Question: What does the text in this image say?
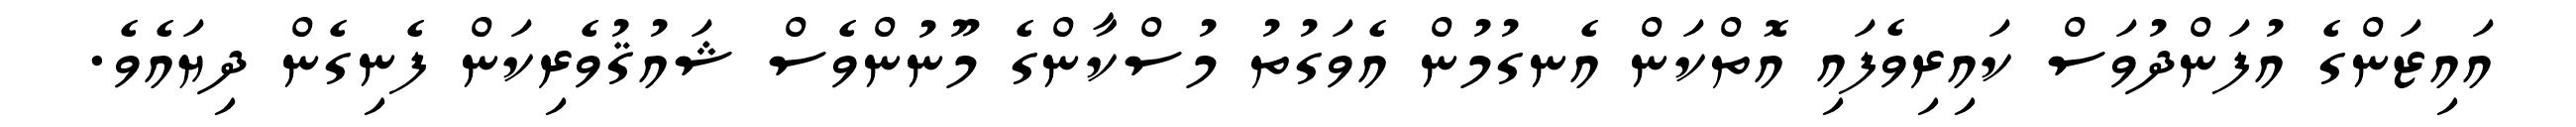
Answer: އައިޒަންގެ އުފަންދުވަސް ކައިރިވެފައި އޮތްކަން އެނގުމުން އެވަގުތު މުސްކާންގެ މޫނުންވެސް ޝައުޤުވެރިކަން ފެނިގެން ދިޔައެވެ.